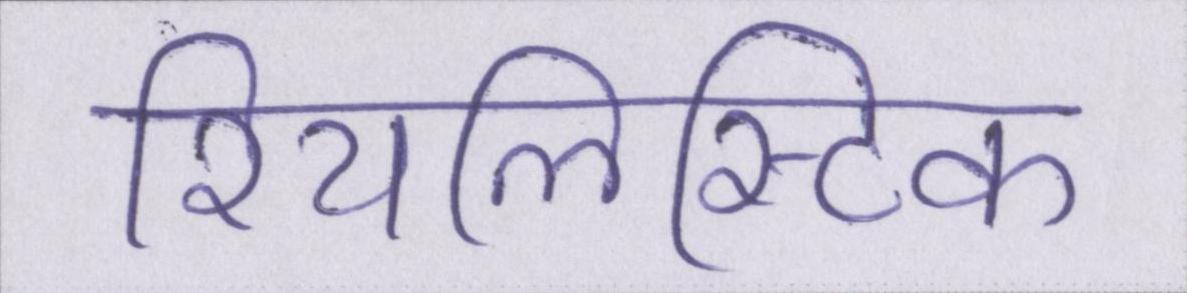
रियलिस्टिक